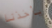
يأخذنا